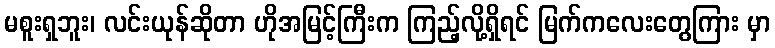
မစူးရှဘူး၊ လင်းယုန်ဆိုတာ ဟိုအမြင့်ကြီးက ကြည့်လို့ရှိရင် မြက်ကလေးတွေကြား မှာ